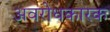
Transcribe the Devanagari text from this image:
अवरोधकारक